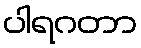
ပါရဂတာ